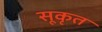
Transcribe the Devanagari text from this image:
सूकृत